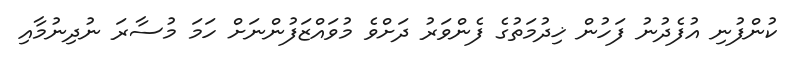
ކުންފުނި އުފެދުނު ފަހުން ޚިދުމަތުގެ ފެންވަރު ދަށްވެ މުވައްޒަފުންނަށް ހަމަ މުސާރަ ނުދިނުމާއި